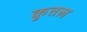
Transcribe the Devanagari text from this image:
कुतल